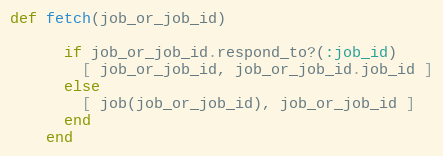
Language: Ruby
def fetch(job_or_job_id)

      if job_or_job_id.respond_to?(:job_id)
        [ job_or_job_id, job_or_job_id.job_id ]
      else
        [ job(job_or_job_id), job_or_job_id ]
      end
    end